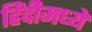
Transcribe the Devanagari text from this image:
हिंंदीमध्ये